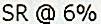
SR @ 6%